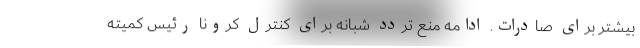
بیشتر برای صادرات. ادامه منع تردد شبانه برای کنترل کرونا رئیس کمیته